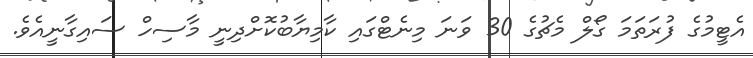
އެޓީމުގެ ފުރަތަމަ ގޯލް މެޗުގެ 30 ވަނަ މިނެޓްގައި ކާމިޔާބުކޮށްދިނީ މާސިހް ސައިގާނީއެވެ.